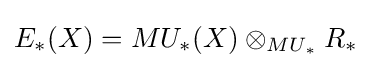
E_{*}(X)=MU_{*}(X)\otimes _{MU_{*}}R_{*}